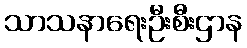
သာသနာရေးဦးစီးဌာန